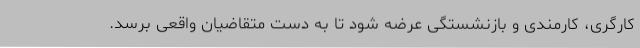
کارگری، کارمندی و بازنشستگی عرضه شود تا به دست متقاضیان واقعی برسد.